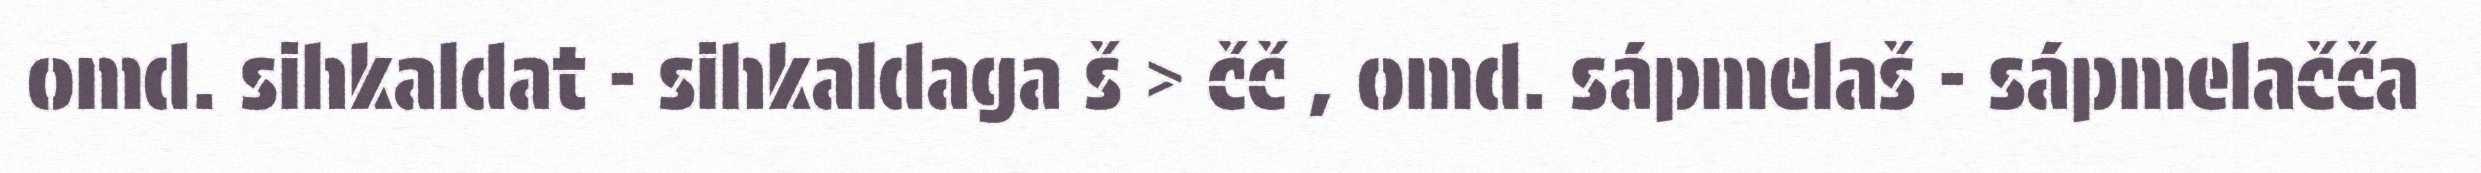
omd. sihkaldat - sihkaldaga š > čč , omd. sápmelaš - sápmelačča